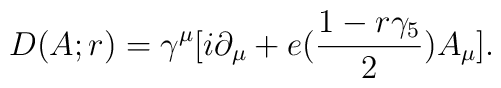
D(A;r)= \gamma^\mu [i \partial_\mu + e ({1 - r \gamma_5 \over 2})A_\mu].